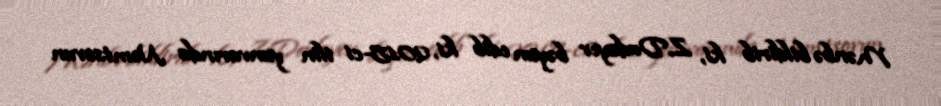
Mənbə bildirib ki, Z.Dadayev bəyan edib ki, 2015-ci ilin yanvarında Nemtsovun